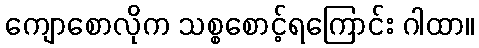
ကျောစောလိုက သစ္စစောင့်ရကြောင်း ဂါထာ။